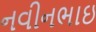
નવીનભાઇ